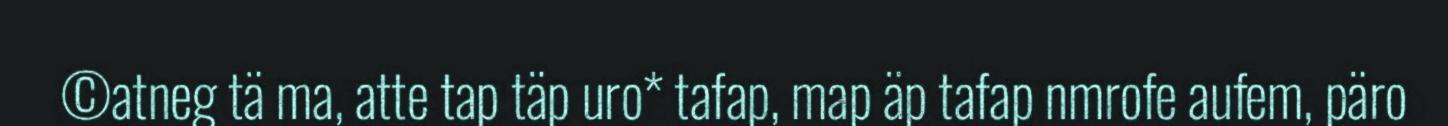
©atneg tä ma, atte tap täp uro* tafap, map äp tafap nmrofe aufem, päro